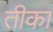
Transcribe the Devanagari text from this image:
तीका